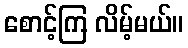
စောင့်ကြ လိမ့်မယ်။